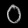
Digit: ၀